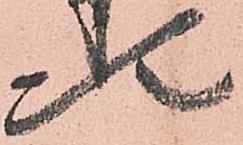
次